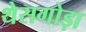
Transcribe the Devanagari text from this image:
थेसगोड़ा